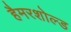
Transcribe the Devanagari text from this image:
हैमरशोल्ड